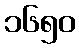
၁၆၅၀